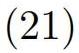
$(21)$